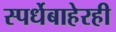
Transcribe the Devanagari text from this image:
स्पर्धेबाहेरही